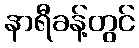
နာရီခန့်တွင်